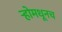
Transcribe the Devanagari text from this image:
र्‍होमधूनच